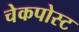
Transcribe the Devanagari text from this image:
चेकपोस्‍ट